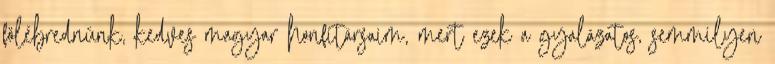
fölébrednünk, kedves magyar honfitársaim, mert ezek a gyalázatos, semmilyen